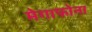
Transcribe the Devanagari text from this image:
मेगाफोना